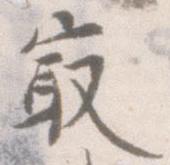
最